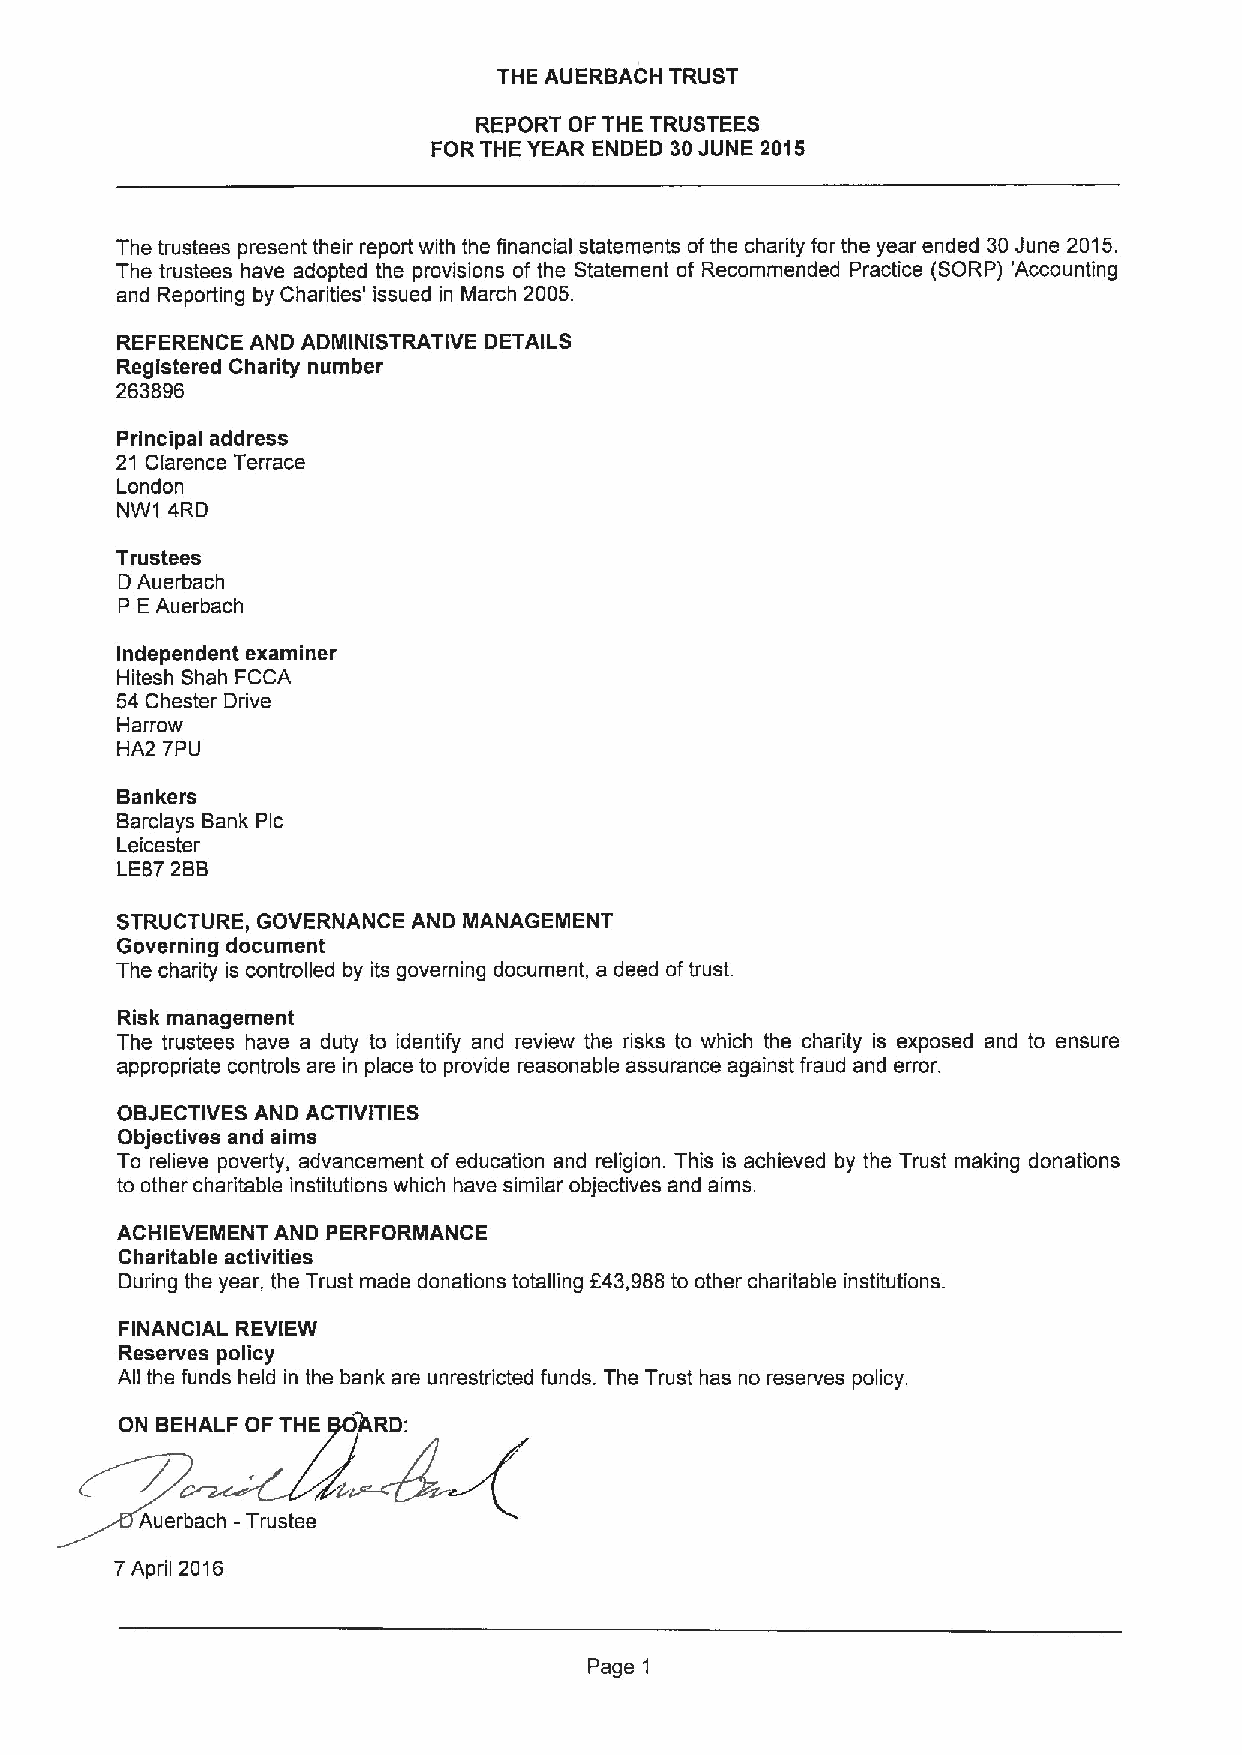
THE AUERBACH TRUST
 REPORT OF THE TRUSTEES
 FOR THE YEAR ENDED 30JUNE 2015
 The trustees present their report with the financial statements ofthe charity for the year ended 30June 2015.
 The trustees have adopted the provisions of the Statement of Recommended Practice (SORP) 'Accounting
 and Reporting by Charities' issued in March 2005.
 REFERENCE AND ADMINISTRATIVE DETAILS
 Registered Charity number
 263896
 Principal address
 21 Clarence Terrace
 London
 NW1 4RD
 Trustees
 D Auerbach
 P E Auerbach
 Independent examiner
 Hitesh Shah FCCA
 54 Chester Drive
 Harrow
 HA2 7PU
 Bankers
 Barclays Bank Pic
 Leicester
 LE872BB
 STRUCTURE, GOVERNANCE AND MANAGEMENT
 Governing document
 The charity is controlled by its governing document, a deed oftrust.
 Risk management
 The trustees have a duty to identify and review the risks to which the charity is exposed and to ensure
 appropriate controls are in place to provide reasonable assurance against fraud and error.
 OBJECTIVES AND ACTIVITIES
 Objectives and aims
 To relieve poverty, advancement of education and religion. This is achieved by the Trust making donations
 to other charitable institutions which have similar objectives and aims.
 ACHIEVEMENT AND PERFORMANCE
 Charitable activities
 During the year, the Trust made donations totalling 643,988to other charitable institutions.
 FINANCIAL REVIEW
 Reserves policy
 All the funds held in the bank are unrestricted funds. The Trust has no reserves policy.
 Auerbach -Trustee
 7April 2016
 Page 1